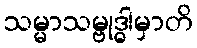
သမ္မာသမ္ဗုဒ္ဓါမှာတိ